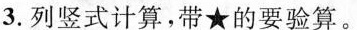
3.列竖式计算，带★的要验算。